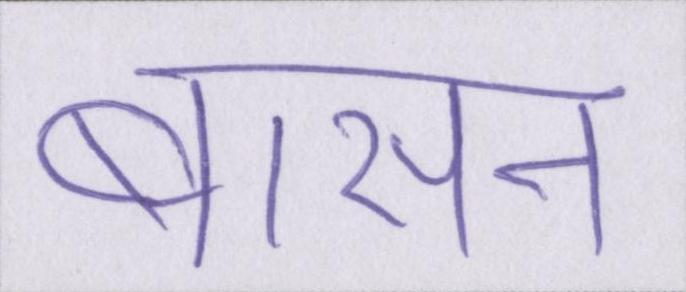
बासन